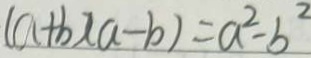
( a + b ) ( a - b ) = a ^ { 2 } - b ^ { 2 }